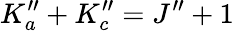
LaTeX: K_{a}^{\prime\prime}+K_{c}^{\prime\prime}=J^{\prime\prime}+1